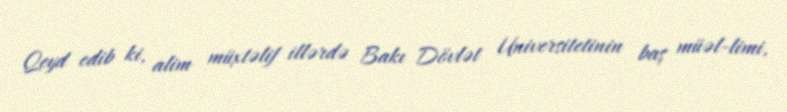
Qeyd edib ki, alim müxtəlif illərdə Bakı Dövlət Universitetinin baş müəl­limi,